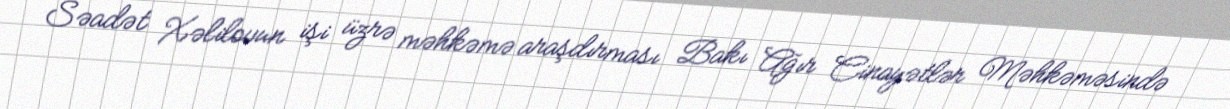
Səadət Xəlilovun işi üzrə məhkəmə araşdırması Bakı Ağır Cinayətlər Məhkəməsində